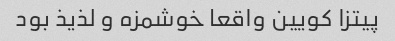
پیتزا کویین واقعا خوشمزه و لذیذ بود